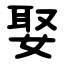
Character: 娶